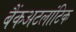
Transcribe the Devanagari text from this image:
बैंकअटलांटिक